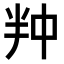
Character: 𭅢